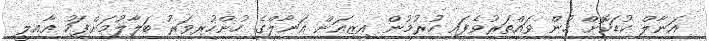
އަނާލް ކުޑަކޮށް ހުން ވައްތަރުވެފައި ހުރުމުން އިޒިއަން އަނާލްގެ ހުންހުރިވަރު ބަލާލުމަށްފަހު އާއިލީ